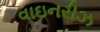
વાઇનરીઝ